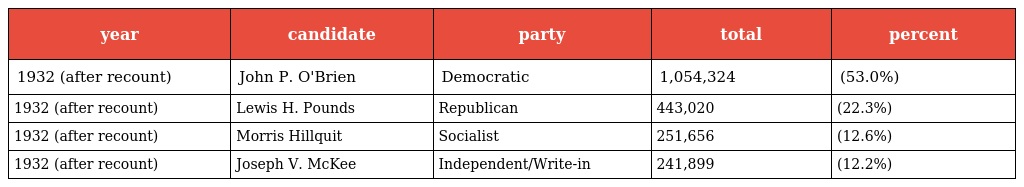
| year | candidate | party | total | percent |
 | --- | --- | --- | --- | --- |
 | 1932 (after recount) | John P. O'Brien | Democratic | 1,054,324 | (53.0%) |
 | 1932 (after recount) | Lewis H. Pounds | Republican | 443,020 | (22.3%) |
 | 1932 (after recount) | Morris Hillquit | Socialist | 251,656 | (12.6%) |
 | 1932 (after recount) | Joseph V. McKee | Independent/Write-in | 241,899 | (12.2%) |